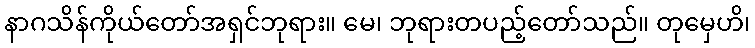
နာဂသိန်ကိုယ်တော်အရှင်ဘုရား။ မေ၊ ဘုရားတပည့်တော်သည်။ တုမှေဟိ၊